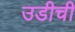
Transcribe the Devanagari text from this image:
उडीची